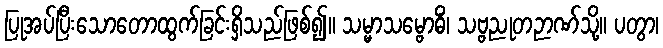
ပြုအပ်ပြီးသောတောထွက်ခြင်းရှိသည်ဖြစ်၍။ သမ္မာသမ္ဗောဓိံ၊ သဗ္ဗညုတဉာဏ်သို့။ ပတွာ၊